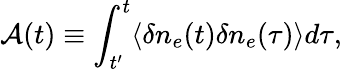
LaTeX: {\cal A}(t)\equiv\int_{t^{\prime}}^{t}\langle\delta n_{e}(t)\delta n_{e}(\tau)\rangle d\tau,